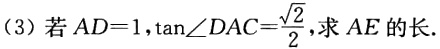
(3) 若 \(AD = 1,\tan\angle DAC=\frac{\sqrt{2}}{2}\)，求 \(AE\) 的长.